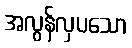
အလွန်လှပသော